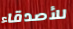
للأصدقاء